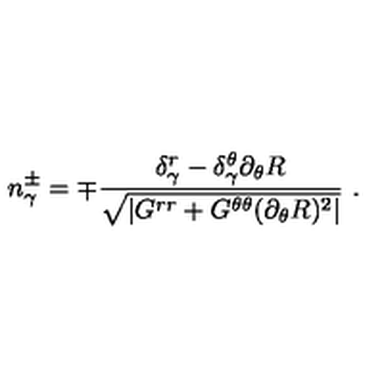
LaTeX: n _ { \gamma } ^ { \pm } = \mp \frac { \delta _ { \gamma } ^ { r } - \delta _ { \gamma } ^ { \theta } \partial _ { \theta } R } { \sqrt { | G ^ { r r } + G ^ { \theta \theta } ( \partial _ { \theta } R ) ^ { 2 } | } } \ .